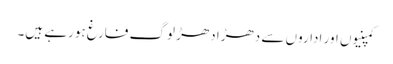
کمپنیوں اور اداروں سے دھڑا دھڑ لوگ فارغ ہورہے ہیں۔